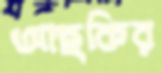
আছকির